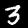
Label: 3